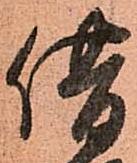
借